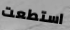
استطعت